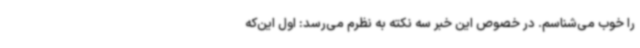
را خوب می‌شناسم. در خصوص این خبر سه نکته به نظرم می‌رسد: اول این‌که